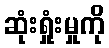
ဆုံးရှုံးမှုကို